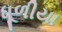
ધૂળીયા